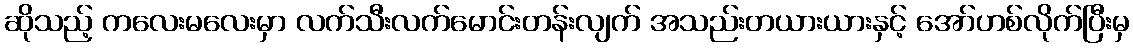
ဆိုသည့် ကလေးမလေးမှာ လက်သီးလက်မောင်းတန်းလျက် အသည်းတယားယားနှင့် အော်ဟစ်လိုက်ပြီးမှ